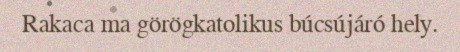
Rakaca ma görögkatolikus búcsújáró hely.